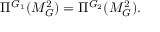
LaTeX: \Pi ^ { G _ { 1 } } ( M _ { G } ^ { 2 } ) = \Pi ^ { G _ { 2 } } ( M _ { G } ^ { 2 } ) .